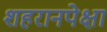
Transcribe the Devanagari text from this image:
शहरानपेक्षा